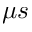
\mu s